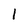
Character: 1